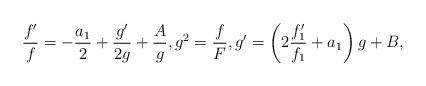
LaTeX: \begin{align*} \frac{f'}{f} = - \frac{a_1}2 + \frac{g'}{2 g} + \frac{A}{g} , g^2 = \frac{f}{F} , g' = \left( 2 \frac{f_1'}{f_1} + a_1 \right) g + B, \end{align*}